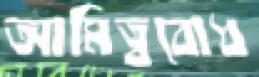
আমিত্ববোধ